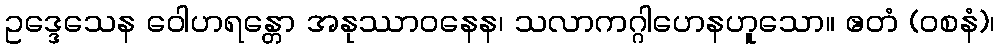
ဥဒ္ဒေသေန ဝေါဟရန္တော အနုဿာဝနေန၊ သလာကဂ္ဂါဟေနဟူသော။ ဧတံ (ဝစနံ)၊